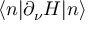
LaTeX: \langle n | \partial _ { \nu } H | n \rangle